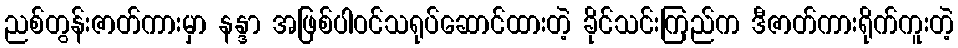
ညစ်တွန်းဇာတ်ကားမှာ နန္ဒာ အဖြစ်ပါဝင်သရုပ်ဆောင်ထားတဲ့ ခိုင်သင်းကြည်က ဒီဇာတ်ကားရိုက်ကူးတဲ့